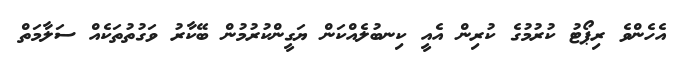
އެހެންވެ ރިޕޯޓު ކުރުމުގެ ކުރިން އެއީ ކިނބުލެއްކަން ޔަގީންކުރުމުން ބޭކާރު ވަގުތުތަކެއް ސަލާމަތް